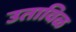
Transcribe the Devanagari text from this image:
उताविळ